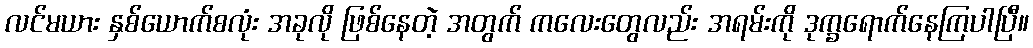
လင်မယား နှစ်ယောက်စလုံး အခုလို ဖြစ်နေတဲ့ အတွက် ကလေးတွေလည်း အရမ်းကို ဒုက္ခရောက်နေကြပါပြီ။